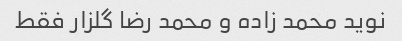
نوید محمد زاده و محمد رضا گلزار فقط